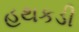
હથકડી